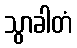
သွာခါတံ